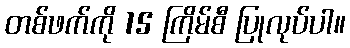
တစ်ဖက်ကို 15 ကြိမ်စီ ပြုလုပ်ပါ။